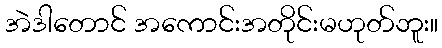
အဲဒါတောင် အကောင်းအတိုင်းမဟုတ်ဘူး။